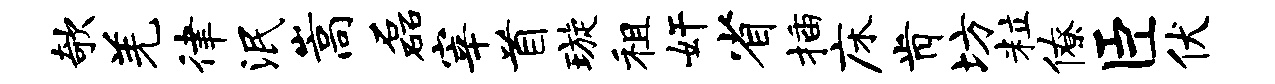
欹羌律泯嵩磊宰首璇租奸省插床肯坊粒僚臣伏